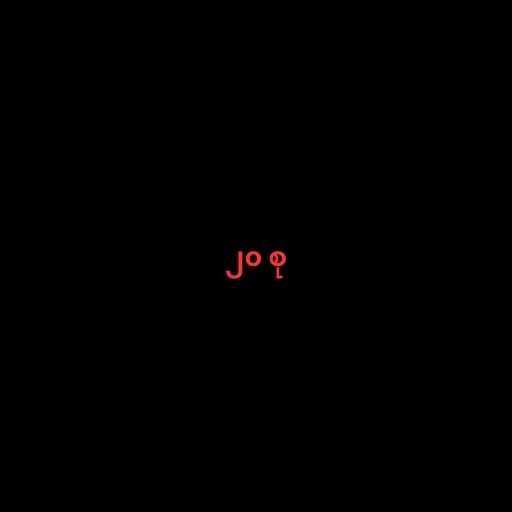
၂၀ စု